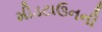
મીડટાઉનની